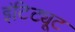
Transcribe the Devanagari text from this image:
इंटिट्यूट